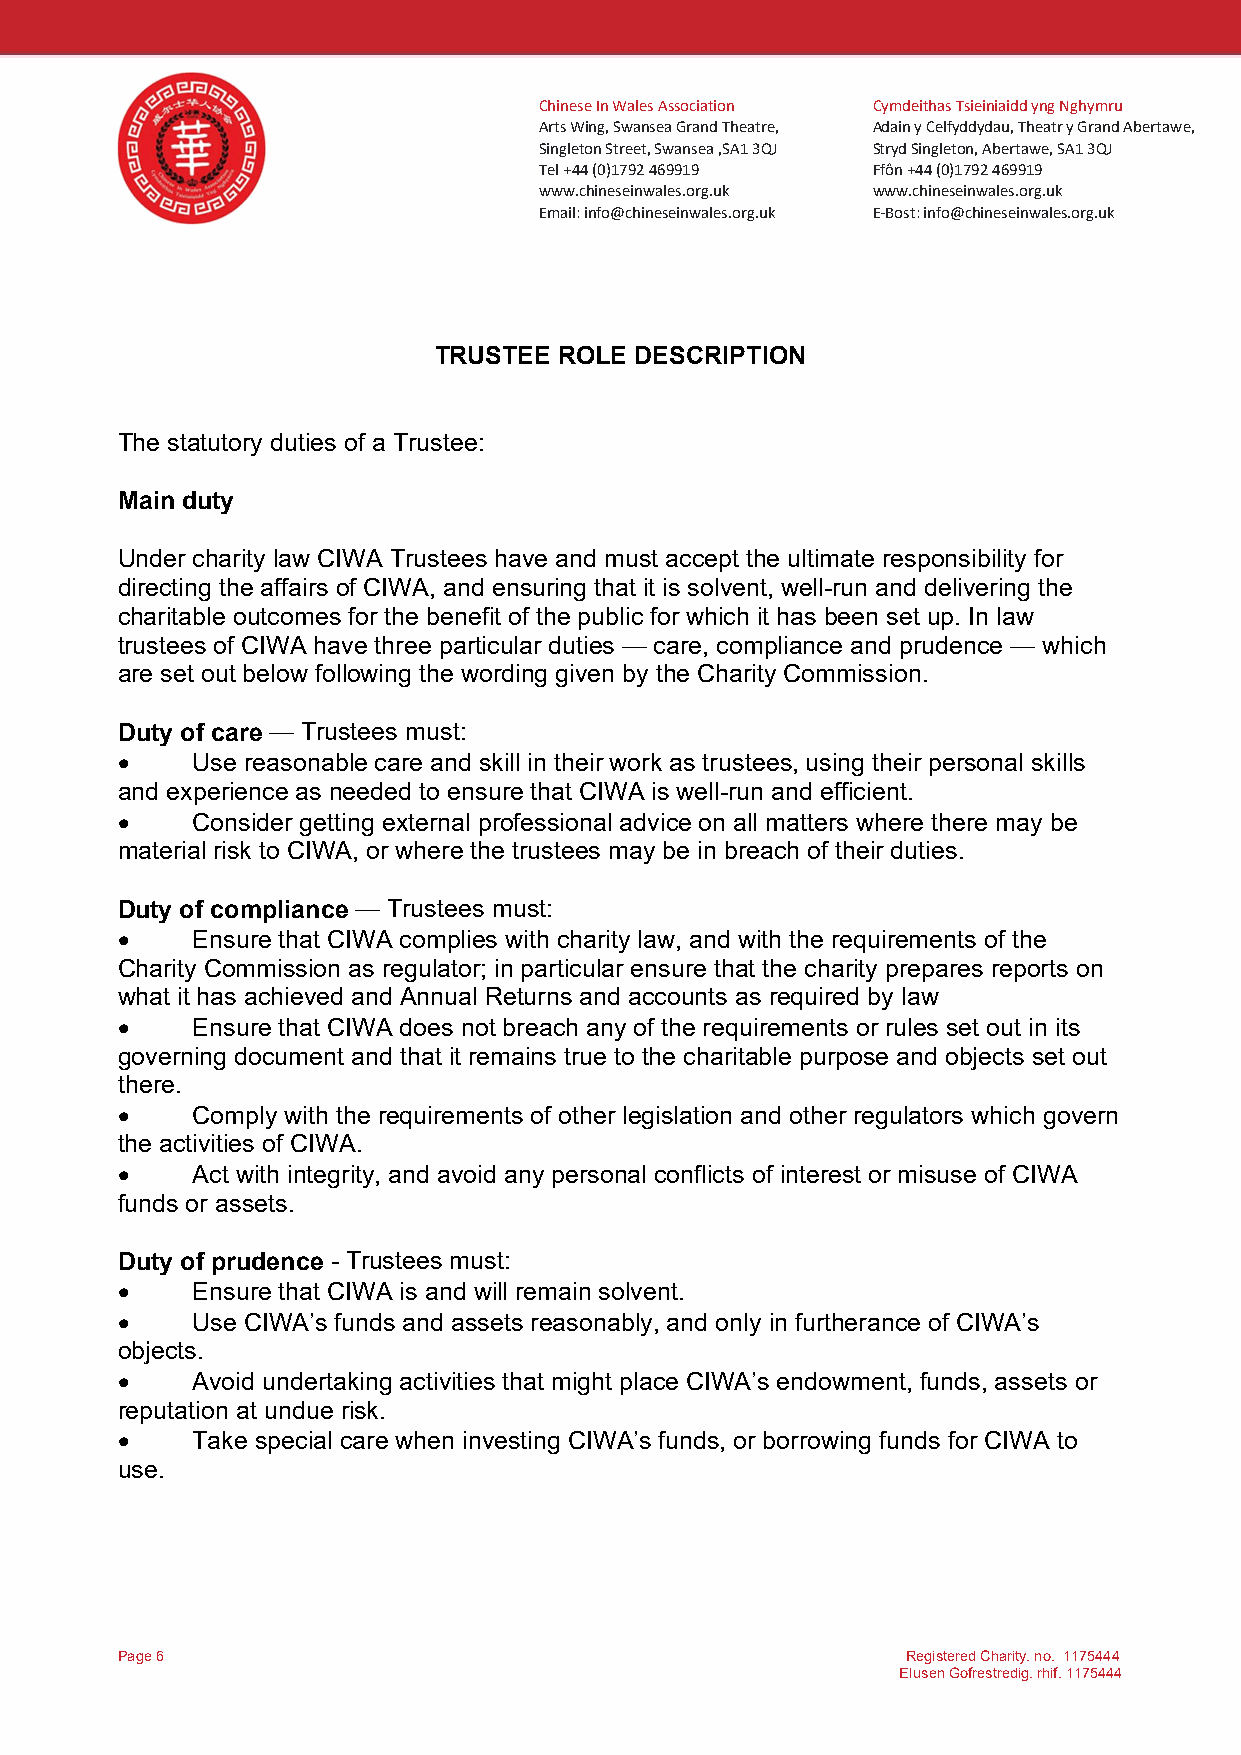
Chinese In Wales Association Cymdeithas Tsieiniaidd yng Nghymru
 Arts Wing, Swansea Grand Theatre, Adain y Celfyddydau, Theatr y Grand Abertawe,
 Singleton Street, Swansea ,SA1 3QJ Stryd Singleton, Abertawe, SA1 3QJ
 Tel +44 (0)1792 469919 Ffôn +44 (0)1792 469919
 www.chineseinwales.org.uk www.chineseinwales.org.uk
 Email: info@chineseinwales.org.uk E-Bost: info@chineseinwales.org.uk
 TRUSTEE ROLE DESCRIPTION
 The statutory duties of a Trustee:
 Main duty
 Under charity law CIWA Trustees have and must accept the ultimate responsibility for
 directing the affairs of CIWA, and ensuring that it is solvent, well-run and delivering the
 charitable outcomes for the benefit of the public for which it has been set up. In law
 trustees of CIWA have three particular duties — care, compliance and prudence — which
 are set out below following the wording given by the Charity Commission.
 Duty of care — Trustees must:
     Use reasonable care and skill in their work as trustees, using their personal skills
 and experience as needed to ensure that CIWA is well-run and efficient.
     Consider getting external professional advice on all matters where there may be
 material risk to CIWA, or where the trustees may be in breach of their duties.
 Duty of compliance — Trustees must:
     Ensure that CIWA complies with charity law, and with the requirements of the
 Charity Commission as regulator; in particular ensure that the charity prepares reports on
 what it has achieved and Annual Returns and accounts as required by law
     Ensure that CIWA does not breach any of the requirements or rules set out in its
 governing document and that it remains true to the charitable purpose and objects set out
 there.
     Comply with the requirements of other legislation and other regulators which govern
 the activities of CIWA.
     Act with integrity, and avoid any personal conflicts of interest or misuse of CIWA
 funds or assets.
 Duty of prudence - Trustees must:
     Ensure that CIWA is and will remain solvent.
     Use CIWA’s funds and assets reasonably, and only in furtherance of CIWA’s
 objects.
     Avoid undertaking activities that might place CIWA’s endowment, funds, assets or
 reputation at undue risk.
     Take special care when investing CIWA’s funds, or borrowing funds for CIWA to
 use.
 Page 6                                              Registered Charity. no. 1175444
 Elusen Gofrestredig. rhif. 1175444